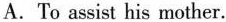
A.To assist his mother.